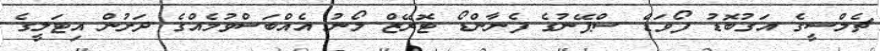
ޗެލްސީގެ އަގުބޮޑު ފޯވަޑް ސްޕޭނުގެ ފެނާންޑޯ ޓޮރޭޒް ލޯނު އެއްބަސްވުމެއްގެ ދަށުން އިޓަލީގެ